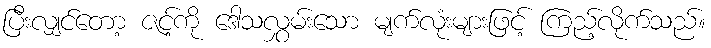
ပြီးလျှင်တော့ ဇင့်ကို ဒေါသလွှမ်းသော မျက်လုံးများဖြင့် ကြည့်လိုက်သည်။